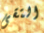
التقى